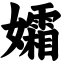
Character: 孀